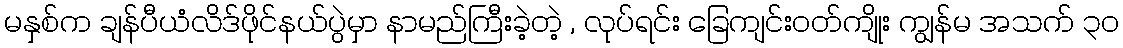
မနှစ်က ချန်ပီယံလိဒ်ဖိုင်နယ်ပွဲမှာ နာမည်ကြီးခဲ့တဲ့ , လုပ်ရင်း ခြေကျင်းဝတ်ကျိုး ကျွန်မ အသက် ၃၀